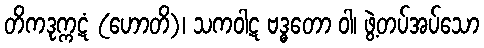
တိကဒုက္ကဋံ (ဟောတိ)၊ သကဝါဋ ဗဒ္ဓတော ဝါ၊ ဖွဲ့တပ်အပ်သော